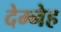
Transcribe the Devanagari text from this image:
देम्नेह